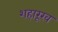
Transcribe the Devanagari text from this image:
शहारूख